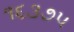
૧૬૩૭૫